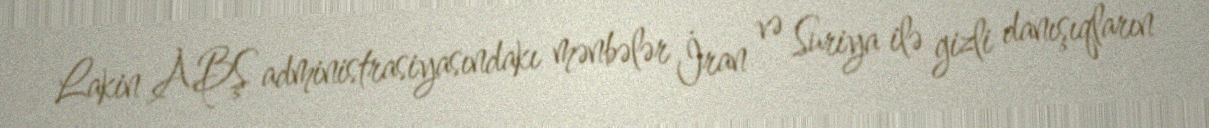
Lakin ABŞ administrasiyasındakı mənbələr İran və Suriya ilə gizli danışıqların